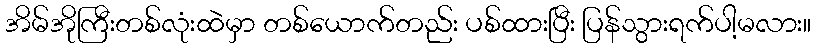
အိမ်အိုကြီးတစ်လုံးထဲမှာ တစ်ယောက်တည်း ပစ်ထားပြီး ပြန်သွားရက်ပါ့မလား။